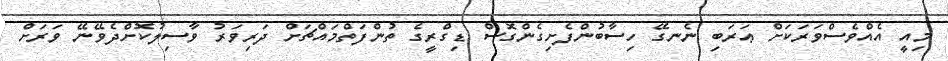
މިއީ އެއްވެސްވަރަކަށް ޢަރަބި ނެނގޭ ހިސާބުންފެށިގެންގޮސް ޑިގްރީގެ ތުންފަތްމައްޗަށް ދަރިވަރު ވާސިލުކޮށްދެވޭނޭ ވަރަށް